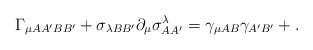
\begin{align*}\Gamma _{\mu AA^{\prime }BB^{\prime }}+\sigma _{\lambda BB^{\prime}}\partial _{\mu }\sigma _{AA^{\prime }}^{\lambda }=\gamma _{\mu AB}\gamma_{A^{\prime }B^{\prime }}+. \end{align*}